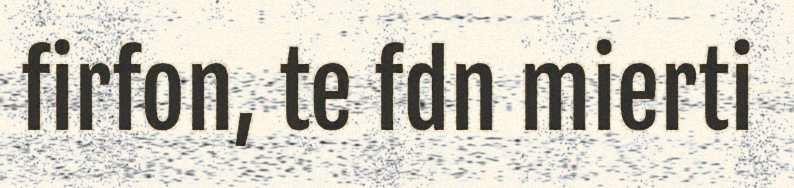
firfon, te fdn mierti